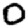
Digit: 0